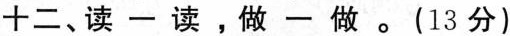
十二、读一读，做一做。(13分)